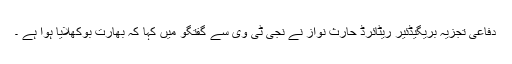
دفاعی تجزیہ بریگیڈئیر ریٹائرڈ حارث نواز نے نجی ٹی وی سے گفتگو میں کہا کہ بھارت بوکھلایا ہوا ہے ۔